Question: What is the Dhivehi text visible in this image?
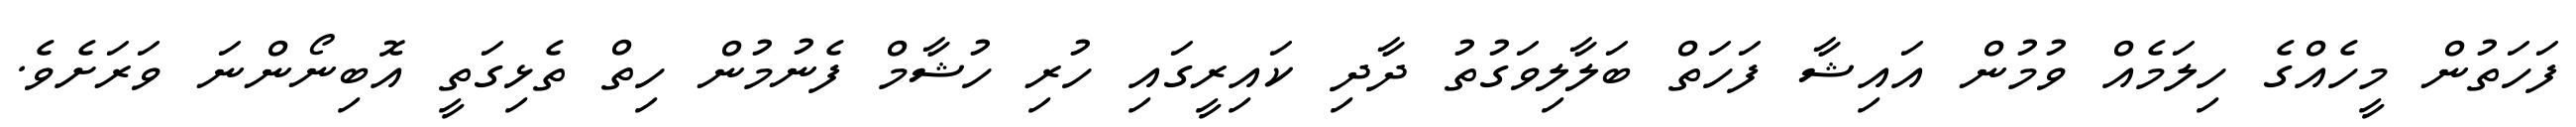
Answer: ފަހަތުން މީހެއްގެ ހިލަމެއް ވުމުން އައިޝާ ފަހަތް ބަލާލިވަގުތު ދާދި ކައިރީގައި ހުރި ހުޝާމް ފެނުމުން ހިތް ތެޅިގަތީ އޮބިނޯންނަ ވަރަށެވެ.